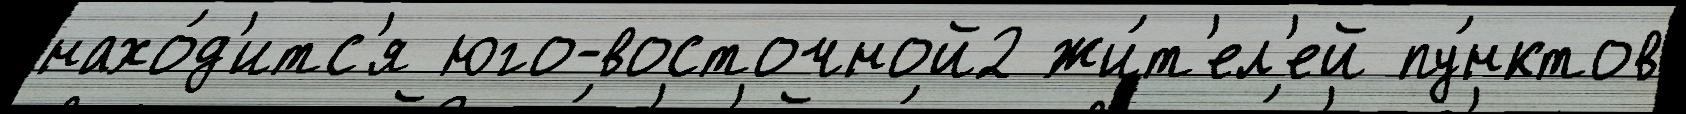
нахо́д'итс'я юго-восточной2 жи́т'ел'ей пу́нктов